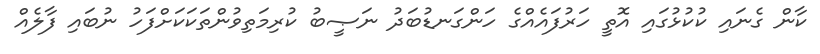
ކާން ގެނައި ކުކުޅުގައި އޮތީ ހަރުފައެއްގެ ހަންގަނޑުބަދު ނަޞީބު ކުރިމަތިވުންތަކަކަށްފަހު ނުބައި ފާލެއް